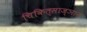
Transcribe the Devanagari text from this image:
चिकित्साज्ञान